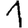
Digit: 1